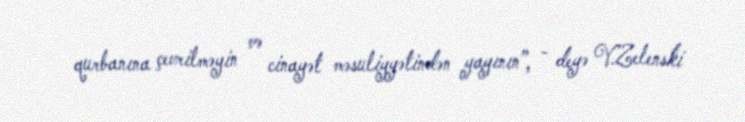
qurbanına çevrilməyin və cinayət məsuliyyətindən yayının”, - deyə V.Zelenski